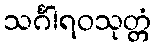
သင်္ဂါရဝသုတ္တံ